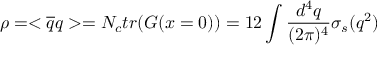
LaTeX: \rho = < \overline { { { q } } } q > = N _ { c } t r ( G ( x = 0 ) ) = 1 2 \int \frac { d ^ { 4 } q } { ( 2 \pi ) ^ { 4 } } \sigma _ { s } ( q ^ { 2 } )